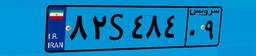
۸۲S۴۸۴۰۹